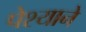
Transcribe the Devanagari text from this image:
पेश्याने